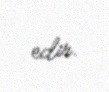
edir.